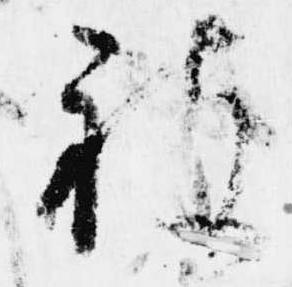
被